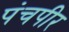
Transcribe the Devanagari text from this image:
पंचपीर